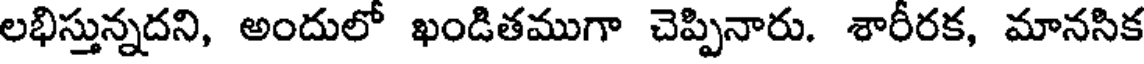
లభిస్తున్నదని, అందులో ఖండితముగా చెప్పినారు. శారీరక, మానసిక